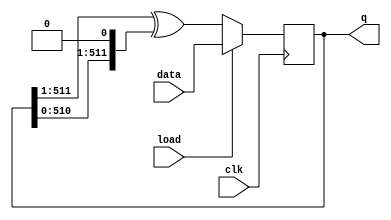
module top_module(
    input clk,
    input load,
    input [511:0] data,
    output [511:0] q ); 
    
	always @(posedge clk) begin
		if (load)
			q <= data;	// Load the DFFs with a value.
		else begin
            // For q=1010101  left values   101010
            //                right values  101010 
			//     left           right           
			//  neighbour       neighbour						
			q <= q[511:1] ^ {q[510:0], 1'b0} ;
		end
	end
endmodule
module top_module(
        input clk,
        input load,
        input [511:0] data,
        output [511:0] q ); 
            
        always @(posedge clk)begin
            if (load)
                q <= data;
            else begin
                    for (integer i=0; i<512; i=i+1 )begin
                    if (i == 0)
                        q[i] <= 0 ^ q[i+1];
                    else if (i == 511)
                        q[i] <= 0 ^ q[i-1];
                    else
                        q[i] <= q[i-1] ^ q[i+1];
                    end
             end
        end
    endmodule